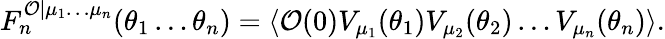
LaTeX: F_{n}^{{\cal O}|\mu_{1}\ldots\mu_{n}}(\theta_{1}\ldots\theta_{n})=\left\langle{\cal O}(0)V_{\mu_{1}}(\theta_{1})V_{\mu_{2}}(\theta_{2})\ldots V_{\mu_{n}}(\theta_{n})\right\rangle.